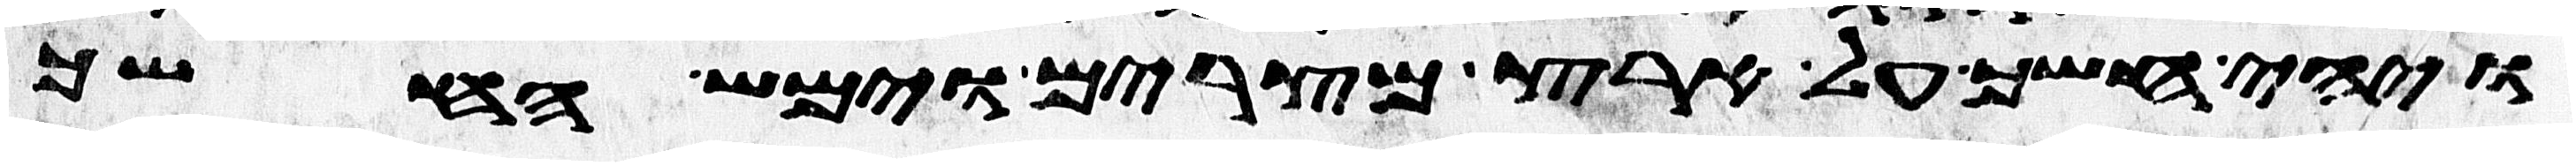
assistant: ויהי חשך על ארץ מצרים וימש החשך